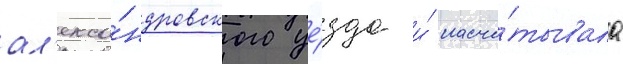
ал'екса́ндровского уе́зда и́ насчи́тывала